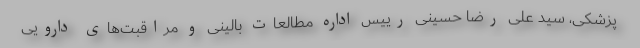
پزشکی، سید علی رضا حسینی رییس اداره مطالعات بالینی و مراقبت‌های دارویی